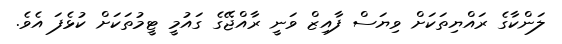
ލަންކާގެ ރައްޔިތަކަށް ވިޔަސް ފާއިޒް ވަނީ ރާއްޖޭގެ ގައުމީ ޓީމުތަކަށް ކުޅެފަ އެވެ.